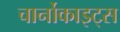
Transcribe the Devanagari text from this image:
चार्नोकाइट्स